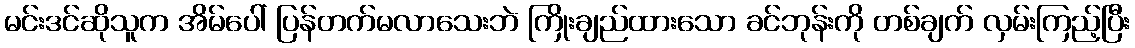
မင်းဒင်ဆိုသူက အိမ်ပေါ် ပြန်တက်မလာသေးဘဲ ကြိုးချည်ထားသော ခင်ဘုန်းကို တစ်ချက် လှမ်းကြည့်ပြီး